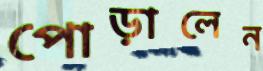
পোড়ালেন